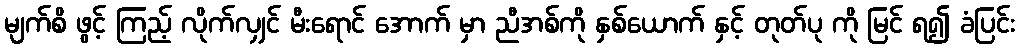
မျက်စိ ဖွင့် ကြည့် လိုက်လျှင် မီးရောင် အောက် မှာ ညီအစ်ကို နှစ်ယောက် နှင့် တုတ်ပု ကို မြင် ရ၍ ခံပြင်း